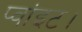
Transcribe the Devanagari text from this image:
प्‍वांइट।